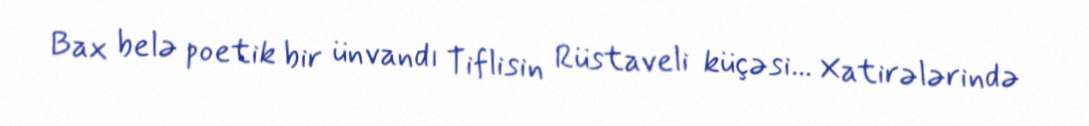
Bax belə poetik bir ünvandı Tiflisin Rüstaveli küçəsi... Xatirələrində